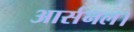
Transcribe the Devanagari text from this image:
आर्सनल।